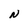
Character: N